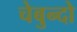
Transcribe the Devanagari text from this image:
चेबुन्दो